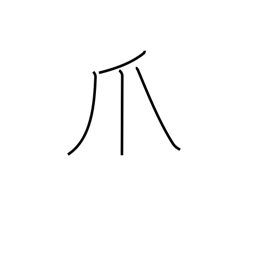
Meaning: talon